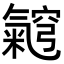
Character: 𭯵